Scientific memoirs by medical officers of the Army of India - Part X,
Year: 1897
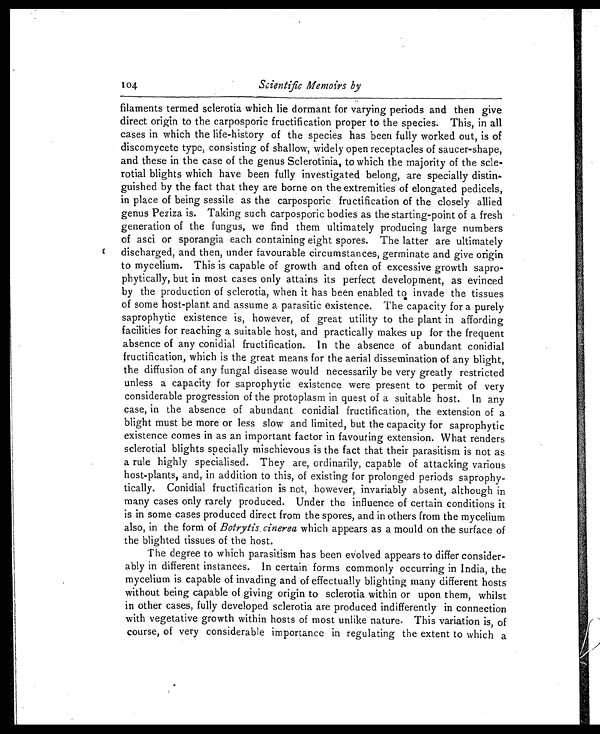
104
Scientific Memoirs by
filaments termed sclerotia which lie dormant for varying periods and then give
direct origin to the carposporic fructification proper to the species. This, in all
cases in which the life-history of the species has been fully worked out, is of
discomycete type, consisting of shallow, widely open receptacles of saucer-shape,
and these in the case of the genus Sclerotinia, to which the majority of the scle
-
rotial blights which have been fully investigated belong, are specially distin
-
guished by the fact that they are borne on the extremities of elongated pedicels,
in place of being sessile as the carposporic fructification of the closely allied
genus Peziza is. Taking such carposporic bodies as the starting-point of a fresh
generation of the fungus, we find them ultimately producing large numbers
of asci or sporangia each containing eight spores. The latter are ultimately
discharged, and then, under favourable circumstances, germinate and give origin
to mycelium. This is capable of growth and often of excessive growth sapro
-
phytically, but in most cases only attains its perfect development, as evinced
by the production of sclerotia, when it has been enabled to invade the tissues
of some host- plant and assume a parasitic existence. The capacity for a purely
saprophytic existence is, however, of great utility to the plant in affording
facilities for reaching a suitable host, and practically makes up for the frequent
absence of any conidial fructification. In the absence of abundant conidial
fructification, which is the great means for the aerial dissemination of any blight,
the diffusion of any fungal disease would necessarily be very greatly restricted
unless a capacity for saprophytic existence were present to permit of very
considerable progression of the protoplasm in quest of a suitable host. In any
case, in the absence of abundant conidial fructification, the extension of a
blight must be more or less slow and limited, but the capacity for saprophytic
existence comes in as an important factor in favouring extension. What renders
sclerotial blights specially mischievous is the fact that their parasitism is not as
a rule highly specialised. They are, ordinarily, capable of attacking various
host-plants, and, in addition to this, of existing for prolonged periods saprophy
-
tically. Conidial fructification is not, however, invariably absent, although in
many cases only rarely produced. Under the influence of certain conditions it
is in some cases produced direct from the spores, and in others from the mycelium
also, in the form of Botrytis cinerea which appears as a mould on the surface of
the blighted tissues of the host.
The degree to which parasitism has been evolved appears to differ consider
-
ably in different instances. In certain forms commonly occurring in India, the
mycelium is capable of invading and of effectually blighting many different hosts
without being capable of giving origin to sclerotia within or upon them, whilst
in other cases, fully developed sclerotia are produced indifferently in connection
with vegetative growth within hosts of most unlike nature. This variation is, of
course, of very considerable importance in regulating the extent to which a